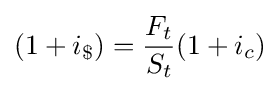
(1+i_{\$})={\frac {F_{t}}{S_{t}}}(1+i_{c})